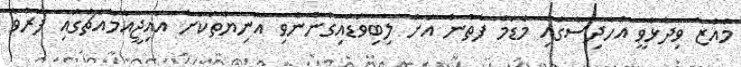
މުއާޒު ވިދާޅުވީ އެހާދިސާގައި މެޑަމް ފާތުން އަށް ލިބިވަޑައިގެންނެވި އަނިޔާތަކަށް އައިޖީއެމްއެޗްގައި ފަރުވާ